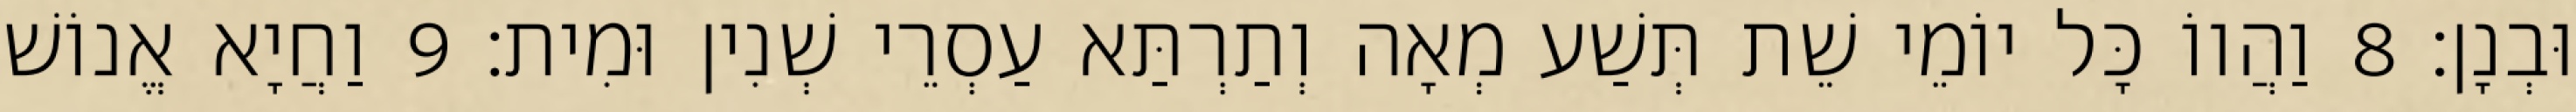
וּבְנָן׃ 8 וַהֲווֹ כָּל יוֹמֵי שֵׁת תְּשַׁע מְאָה וְתַרְתַּא עַסְרֵי שְׁנִין וּמִית׃ 9 וַחֲיָא אֱנוֹשׁ